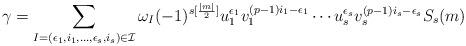
LaTeX: \begin{align*}\gamma=\sum_{I=(\epsilon_1,i_1,\dots,\epsilon_s,i_s)\in\mathcal{I}}\omega_I(-1)^{s[\frac{|m|}{2}]}u_1^{\epsilon_1}v_1^{(p-1)i_1-\epsilon_1}\cdots u_s^{\epsilon_s}v_s^{(p-1)i_s-\epsilon_s}S_s(m)\end{align*}